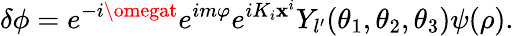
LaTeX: \delta\phi=e^{-i\omegat}e^{im\varphi}e^{iK_{i}\mathbf{x}^{i}}Y_{l^{\prime}}(\theta_{1},\theta_{2},\theta_{3})\psi(\rho).